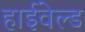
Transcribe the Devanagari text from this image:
हाईवेल्ड